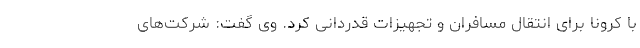
با کرونا برای انتقال مسافران و تجهیزات قدردانی کرد. وی گفت: شرکت‌های